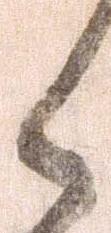
候